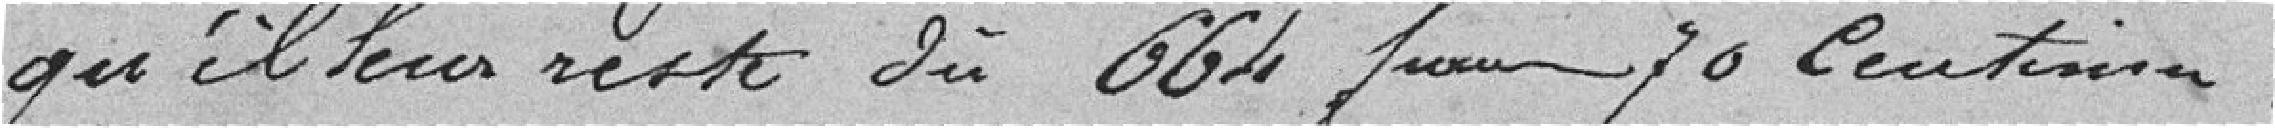
qu'il leur reste dû 664 francs 70 centimes.